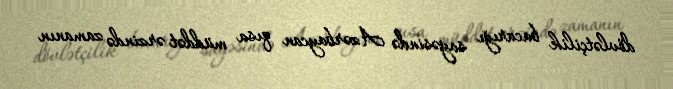
dövlətçilik bacarığı sayəsində Azərbaycan qısa müddət ərzində zamanın